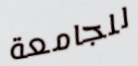
للجامعة